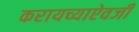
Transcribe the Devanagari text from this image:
करायच्याऐवजी